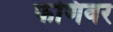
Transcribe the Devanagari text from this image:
फणिवर